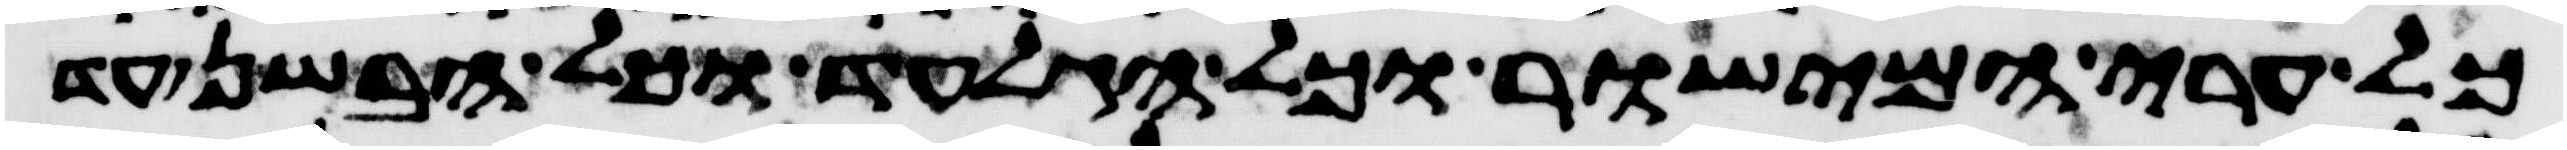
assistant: כל ערי המישור וכל הגלעד וכל הבשן עד